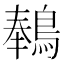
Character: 䳞